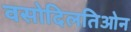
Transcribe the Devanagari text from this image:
वसोदिलतिओन